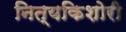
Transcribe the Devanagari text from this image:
नित्यकिशोरी